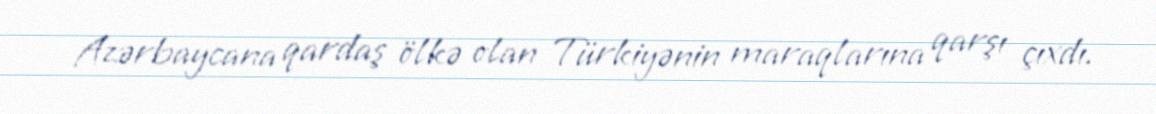
Azərbaycana qardaş ölkə olan Türkiyənin maraqlarına qarşı çıxdı.